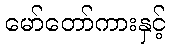
မော်တော်ကားနှင့်